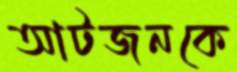
আটজনকে